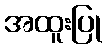
အထူးပြု